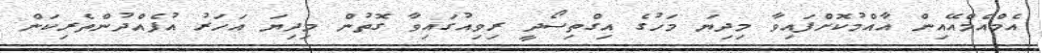
އެމްއެމްއޭއިން އާއްމުކޮށްފައިވާ މިދިޔަ މަހުގެ އިގްތިސޯދީ ރިވިއުގައިވާ ގޮތުން މިދިޔަ އަހަރު އުފެއްދުންތެރިކަން